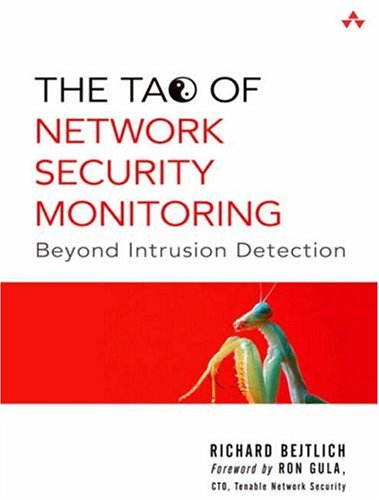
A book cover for The Tao of Network Security Monitoring: Beyond Intrusion Detection; Richard Bejtlich; Computers & Technology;